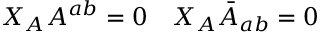
X _ { A } A ^ { a b } = 0 \quad X _ { A } \bar { A } _ { a b } = 0